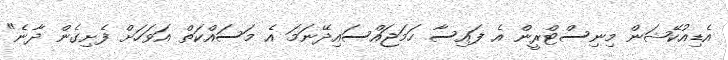
އެޑިއުކޭޝަން މިނިސްޓްރީން އެ ފައިސާ ހަމަޖައްސައިދޭނަމަ އެ މަސައްކަތް އަވަހަށް ފެށިގެން ދާނެ"